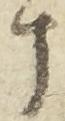
十